Annual report of the Imperial Bacteriological Laboratory, Muktesar
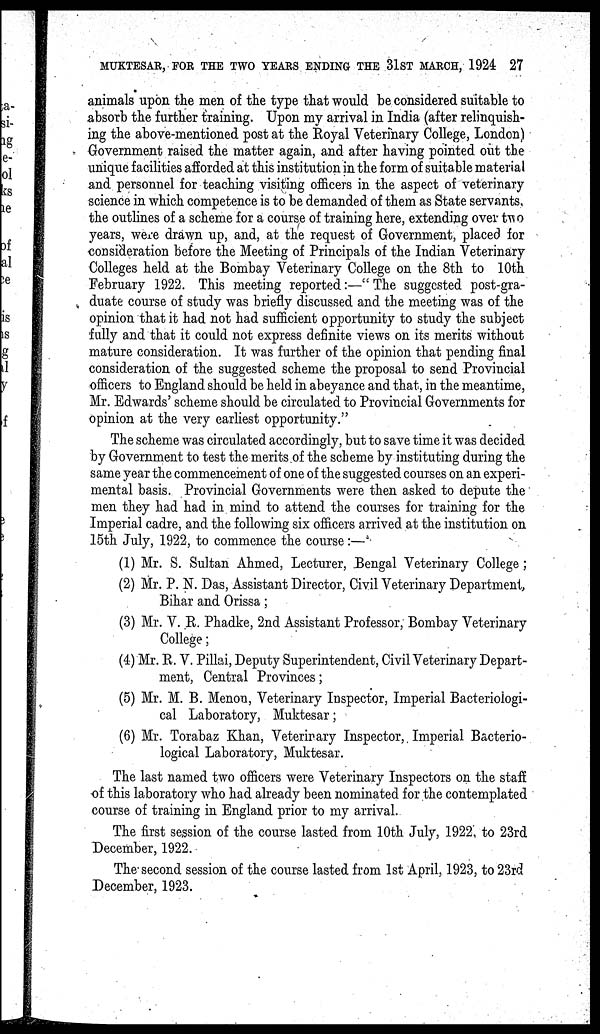
MUKTESAR, FOR THE TWO YEARS ENDING THE 31ST MARCH, 1924 27
animals upon the men of the type that would be considered suitable to
absorb the further training. Upon my arrival in India (after relinquish-
ing the above-mentioned post at the Royal Veterinary College, London)
Government raised the matter again, and after having pointed out the
unique facilities afforded at this institution in the form of suitable material
and personnel for teaching visiting officers in the aspect of veterinary
science in which competence is to be demanded of them as State servants
the outlines of a scheme for a course of training here, extending over two
years, were drawn up, and, at the request of Government, placed for
consideration before the Meeting of Principals of the Indian Veterinary
Colleges held at the Bombay Veterinary College on the 8th to 10th
February 1922. This meeting reported:—" The suggested post-gra-
duate course of study was briefly discussed and the meeting was of the
opinion that it had not had sufficient opportunity to study the subject
fully and that it could not express definite views on its merits without
mature consideration. It was further of the opinion that pending final
consideration of the suggested scheme the proposal to send Provincial
officers to England should be held in abeyance and that, in the meantime,
Mr. Edwards' scheme should be circulated to Provincial Governments for
opinion at the very earliest opportunity."
The scheme was circulated accordingly, but to save time it was decided
by Government to test the merits of the scheme by instituting during the
same year the commencement of one of the suggested courses on an experi-
mental basis. Provincial Governments were then asked to depute the
men they had had in mind to attend the courses for training for the
Imperial cadre, and the following six officers arrived at the institution on
15th July, 1922, to commence the course:—
(1) Mr. S. Sultan Ahmed, Lecturer, Bengal Veterinary College;
(2) Mr. P. N. Das, Assistant Director, Civil Veterinary Department,
Bihar and Orissa;
(3) Mr. V. R. Phadke, 2nd Assistant Professor, Bombay Veterinary
College;
(4) Mr. R. V. Pillai, Deputy Superintendent, Civil Veterinary Depart-
ment, Central Provinces;
(5) Mr. M. B. Menon, Veterinary Inspector, Imperial Bacteriologi-
cal Laboratory, Muktesar;
(6) Mr. Torabaz Khan, Veterirary Inspector, Imperial Bacterio-
logical Laboratory, Muktesar.
The last named two officers were Veterinary Inspectors on the staff
of this laboratory who had already been nominated for the contemplated
course of training in England prior to my arrival.
The first session of the course lasted from 10th July, 1922, to 23rd
December, 1922.
The second session of the course lasted from 1st April, 1923, to 23rd
December, 1923.